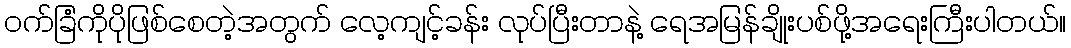
ဝက်ခြံကိုပိုဖြစ်စေတဲ့အတွက် လေ့ကျင့်ခန်း လုပ်ပြီးတာနဲ့ ရေအမြန်ချိုးပစ်ဖို့အရေးကြီးပါတယ်။